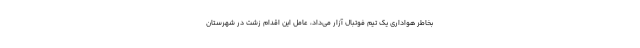
بخاطر هواداری یک تیم فوتبال آزار می‌داد، عامل این اقدام زشت در شهرستان